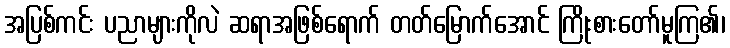
အပြစ်ကင်း ပညာများကိုလဲ ဆရာအဖြစ်ရောက် တတ်မြောက်အောင် ကြိုးစားတော်မူကြ၏၊